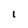
Character: l